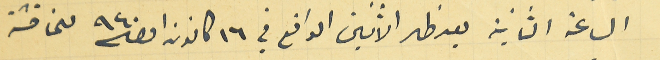
الساعة الثانية بعد ظهر الاثنين الواقع في ١٦ كانون اول سنة ٩٤٠ للمناقشة